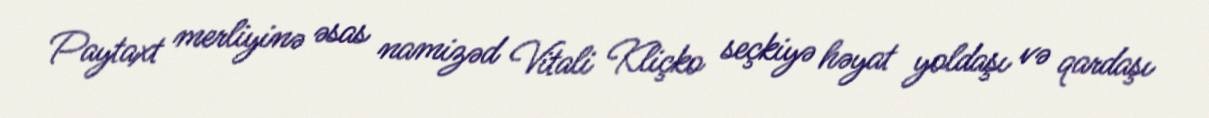
Paytaxt merliyinə əsas namizəd Vitali Kliçko seçkiyə həyat yoldaşı və qardaşı